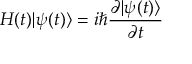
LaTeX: H ( t ) | \psi ( t ) \rangle = i \hbar { \frac { \partial | \psi ( t ) \rangle } { \partial t } }